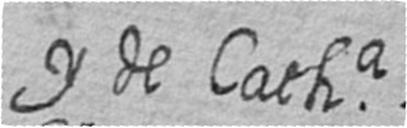
y de Catha